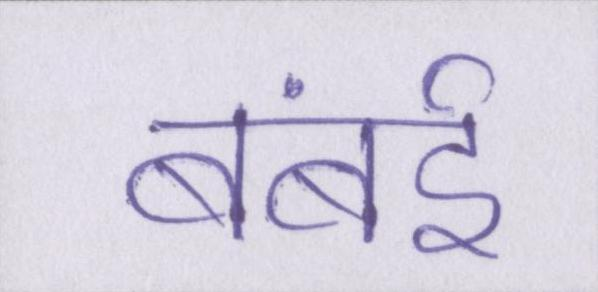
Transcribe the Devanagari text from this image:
बंबई